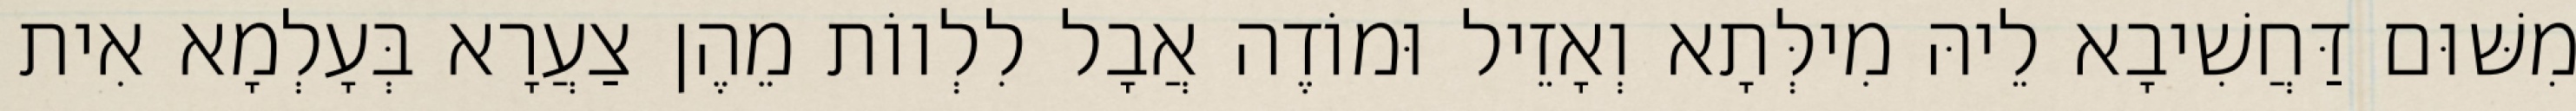
מִשּׁוּם דַּחֲשִׁיבָא לֵיהּ מִילְּתָא וְאָזֵיל וּמוֹדֶה אֲבָל לִלְווֹת מֵהֶן צַעֲרָא בְּעָלְמָא אִית